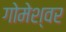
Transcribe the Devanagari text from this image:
गोमेश्वर